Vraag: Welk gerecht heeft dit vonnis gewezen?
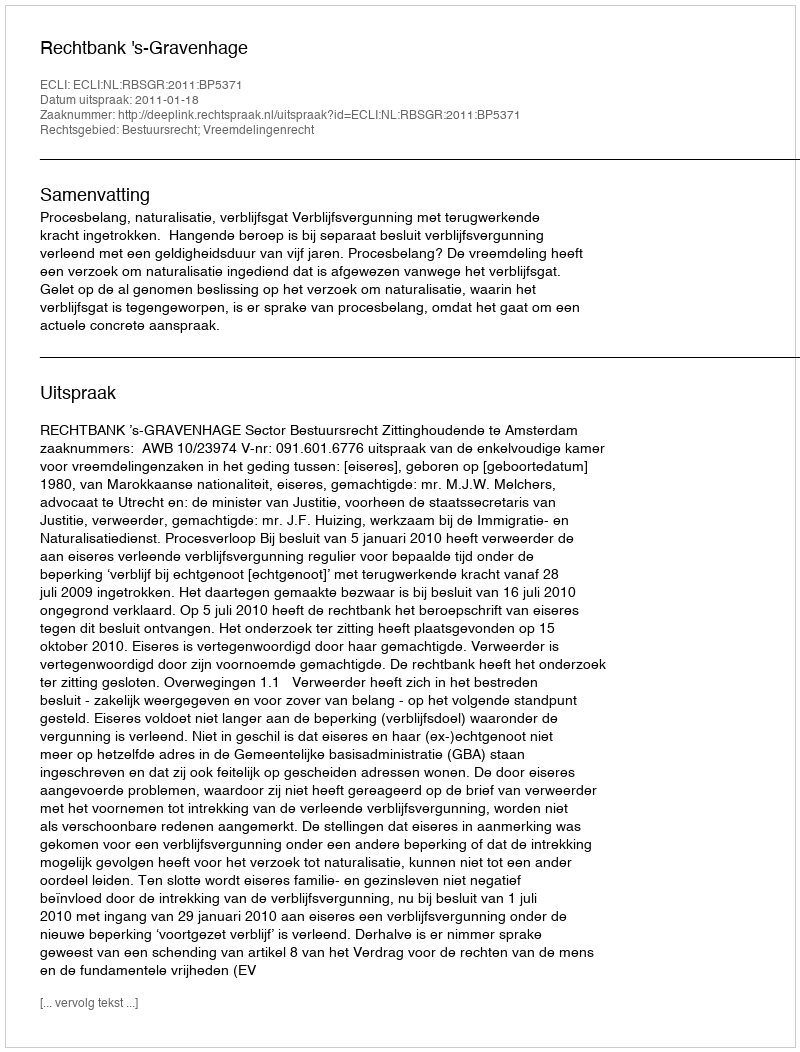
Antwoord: Rechtbank 's-Gravenhage